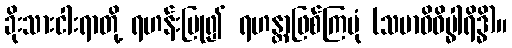
ခိုးသားငါးရာတို့ ရဟန်းပြု၍ ရဟန္တာဖြစ်ကြပုံ (သမာဓိဝိပ္ဓါရိဒ္ဓိ)။